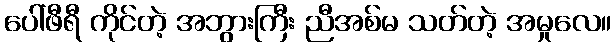
ပေါ်ဖီရီ ကိုင်တဲ့ အဘွားကြီး ညီအစ်မ သတ်တဲ့ အမှုလေ။